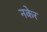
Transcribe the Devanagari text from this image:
नकेर